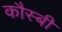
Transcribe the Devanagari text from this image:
कौस्बी